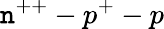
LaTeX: \mathtt{n}^{++}-p^{+}-p